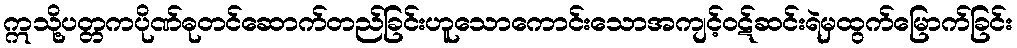
ဣသို့ပတ္တကပိုဏ်ဓုတင်ဆောက်တည်ခြင်းဟူသောကောင်းသောအကျင့်ဝဋ်ဆင်းရဲမှထွက်မြောက်ခြင်း